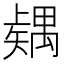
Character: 𥐂